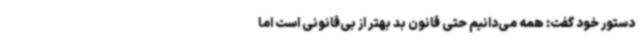
دستور خود گفت: همه می‌دانیم حتی قانون بد بهتر از بی‌قانونی است اما